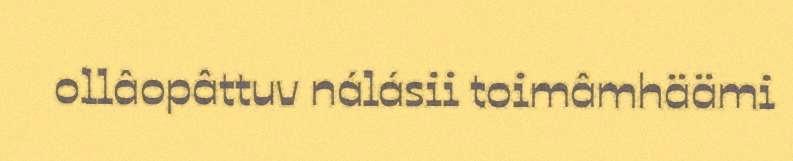
ollâopâttuv nálásii toimâmhäämi